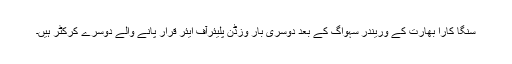
سنگا کارا بھارت کے وریندر سہواگ کے بعد دوسری بار وزڈن پلیئرآف ایئر قرار پانے والے دوسرے کرکٹر ہیں۔